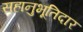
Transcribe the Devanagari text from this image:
सहानुभूतिदार